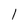
Character: 1